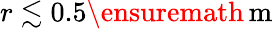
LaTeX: r\lesssim 0.5\ensuremath{\, \mathrm{m}}